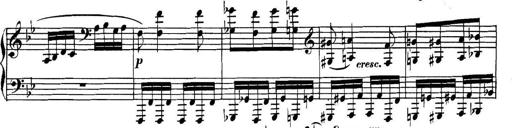
Title: Collected Piano Sonatas
Composer: Muzio Clementi